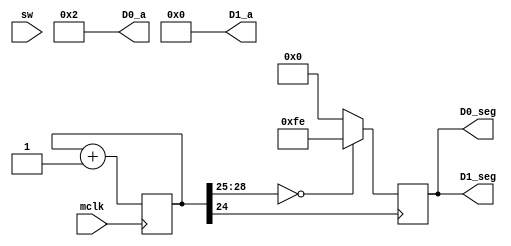
`timescale 1ns / 1ps

    module project1_demo(
        //Clock input
        input mclk,
        
        //switches on board
        input [15:0] sw,
        output [7:0] D0_seg, D1_seg,
        output [3:0] D0_a, D1_a
    );

    reg [28:0] cnt29 = 29'd0; //29 bit decimal number?
    
    //8'h00 is all light segments on
    //8'hFF is all light segments off
    //8'hFE is just the top
    
    /*
        8 bits gives 256 possible combinations
    */
    reg [7:0] seg_reg;
    

    //Increments cnt29 at the positive edge of the clock (posedge) 
    always @(posedge mclk) begin
        //cnt29 increases by 1 whenever mclk changes from 0 to 1
        cnt29 <= cnt29 + 1;
    end
    
    //Whenever cnt29 increases? Not sure how cnt29's positive edge is determined bc its not changing from 0 to 1
    always @(posedge cnt29[24])
    begin
    
        //if the most significant 4 bits of the cnt29 reg is 0000, assign seg_reg to an 8-bit hex number (this looks like a reset)
        /*if (cnt29[28:25] == 4'b0) begin
            seg_reg <= 8'hFA; //Was 8'hFE originally
        end
        else begin
            //If the (reset?) case is not met, sets the first 7 bits of the segment 
            //register to the value of the 7th bit of seg_reg
            seg_reg <= {seg_reg[6:0], seg_reg[7]};
        end*/
        
        if (cnt29[28:25] == 4'b0) begin
            seg_reg <= 8'hFE;
        end 
        else begin
            seg_reg <= 8'h00;
        end
    end
    
    //Decoders which determine which lights are on
    //Entire lights are turned on when pulled low
    assign D0_a = 4'b0010;
    assign D1_a = 4'b0000;
    
    //Values of the light segments
    assign D0_seg = seg_reg;
    assign D1_seg = seg_reg;

    endmodule